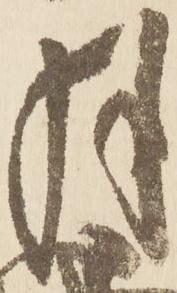
月